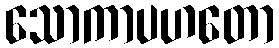
သောကာပဟတော